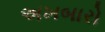
અખબારો